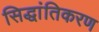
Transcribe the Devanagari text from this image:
सिद्धांतिकरण